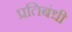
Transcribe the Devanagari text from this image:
प्रतिबंधी